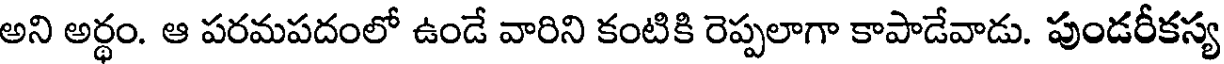
అని అర్థం. ఆ పరమపదంలో ఉండే వారిని కంటికి రెప్పలాగా కాపాడేవాడు. పుండరీకస్య